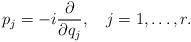
LaTeX: \begin{align*}p_j=-i{\partial\over{\partial q_j}}, \quad j=1,\ldots,r.\end{align*}